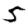
Digit: 5